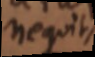
nequit